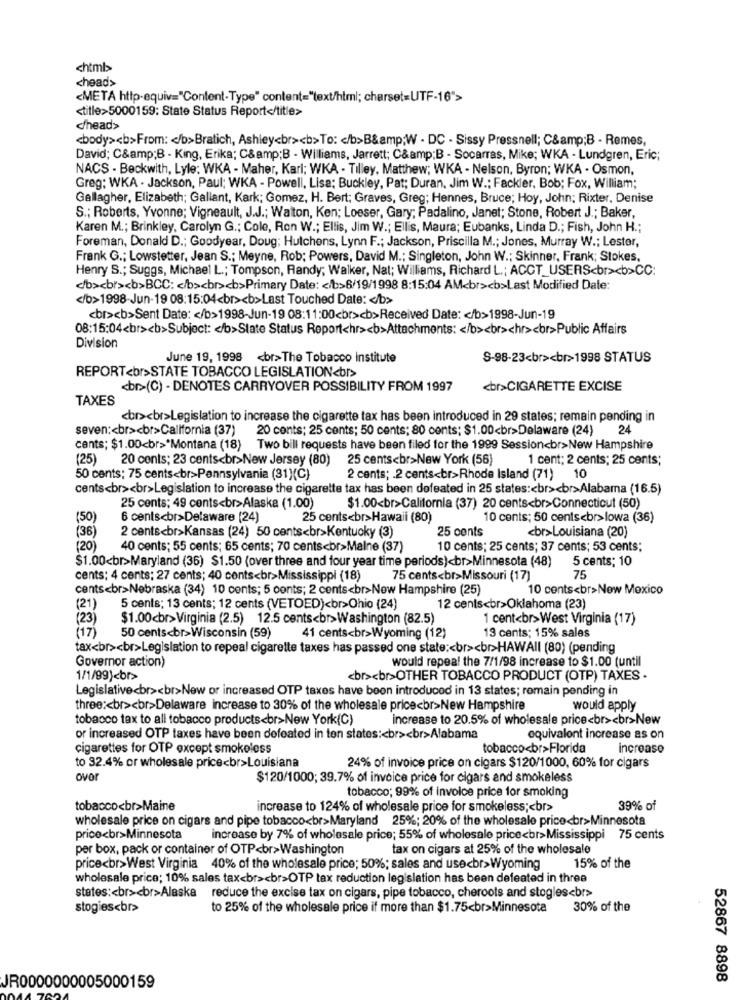
<html>
<head>
<META http-equiv="Content-Type" content="text/html; charset=UTF-16">
<title>5000159: State Status Report</title>
c/head>
<body><b>From: < /b>Bratich, Ashley<br><b>To: < /b>B&amp;W - DC - Sissy Pressnell; C&amp;B - Remes,
David; C&amp;B - King, Erika; C&amp;B - Williams, Jarrett; C&amp;B - Socarras, Mike; WKA - Lundgren, Eric;
NACS - Beckwith, Lyle: WKA - Maher, Karl; WKA - Tilley, Matthew; WKA - Nelson, Byron; WKA - Osmon,
Greg: WKA · Jackson, Paul; WKA - Powell, Lisa; Buckley, Pat; Duran, Jim W .; Fackler, Bob; Fox, William;
Gallagher, Elizabeth; Gallant, Kark; Gomez, H. Bert; Graves, Greg; Hennes, Bruce; Hoy, John; Rixter, Denise
S .; Roberts, Yvonne; Vigneault, J.J .; Walton, Ken; Loeser, Gary; Padalino, Janet; Stone, Robert J .; Baker,
Karen M .; Brinkley, Carolyn G .; Cole, Ron W .; Ellis, Jim W .; Ellis, Maura; Eubanks, Linda D .; Fish, John H .;
Foreman, Donald D .; Goodyear, Doug; Hutchens, Lynn F .; Jackson, Priscilla M .; Jones, Murray W .; Lester,
Frank G .; Lowstetter, Jean S .; Meyne, Rob; Powers, David M .; Singleton, John W .; Skinner, Frank; Stokes,
Henry S .; Suggs, Michael L .; Tompson, Randy; Walker, Nat; Williams, Richard L .; ACCT_USERS<br><b>CC:
<b><br><b>BCC: < /b><br><b>Primary Date: < /b>6/19/1998 8:15:04 AM<br><b>Last Modified Date:
</b>1998-Jun-19 08:15:04<br><b>Last Touched Date: < /b>
<br><b>Sent Date: < /b>1998-Jun-19 08:11:00<br><b>Received Date: < /b>1998-Jun-19
08:15:04<br><b>Subject: < /b>Slate Status Report<hr><b>Attachments: < /b><br>chr><br>Public Affairs
Division
June 19, 1998 <br>The Tobacco institute
S-98-23<br><br>1998 STATUS
REPORT<br>STATE TOBACCO LEGISLATION<br>
<br>(C) - DENOTES CARRYOVER POSSIBILITY FROM 1997
<br>CIGARETTE EXCISE
TAXES
<br><br>Legislation to increase the cigarette tax has been introduced in 29 states; remain pending in
seven :< br><br>California (37)
20 cents; 25 cents; 50 cents; 80 cents; $1.00<br>Delaware (24)
24
cants; $1.00<br>*Montana (18) Two bill requests have been filed for the 1999 Session<br>New Hampshire
(25
20 cents; 23 cents<br>New Jersey (80)
25 cents<br>New York (56)
1 cent; 2 cents; 25 cents;
50 cents; 75 cents<br>Pennsylvania (31)(C)
2 cents; . 2 cents<br>Rhode Island (71)
10
cents<br><br>Legislation to increase the cigarette tax has been defeated in 25 states :< br><br>Alabama (16.5)
25 cents; 49 cents<br>Alaska (1.00)
$1.00<br>California (37) 20 cents<br>Connecticut (50)
(50)
6 cents<br>Delaware (24)
25 cents<br>Hawaii (80)
10 cents; 50 cents<br>lowa (36)
(36)
2 cents<br>Kansas (24) 50 cents<br>Kentucky (3)
25 cents
<br>Louisiana (20)
(20)
40 cents; 55 cents; 65 cents; 70 cents<br>Malne (37)
10 cents; 25 cents; 37 cents; 53 cents;
$1.00<br>Maryland (36) $1.50 (over three and four year time periods)<br>Minnesota (48)
5 cents; 10
cents; 4 cents; 27 cents; 40 cents<br>Mississippi (18)
75 cents<br>Missouri (17)
75
cents<br>Nebraska (34) 10 cents; 5 conts; 2 cents<br>New Hampshire (25)
10 cents<br>New Mexico
(21
5 cents; 13 cents; 12 cents (VETOED)<br>Ohio (24)
12 cents<br>Oklahoma (23)
(23)
$1.00<br>Virginia (2.5) 12.5 cents<br>Washington (82.5)
1 cent<br>West Virginia (17)
(17)
50 cents<br>Wisconsin (59)
41 cents<br>Wyoming (12)
13 cents; 15% sales
tax<br><br>Legislation to repeal cigarette taxes has passed one state :< br><br>HAWAII (80) (pending
Governor action)
would repeal the 7/1/98 increase to $1.00 (until
1/1/99)<br>
<br><br>OTHER TOBACCO PRODUCT (OTP) TAXES .
Legislative<br><br>New or increased OTP taxes have been introduced in 13 states; romain pending in
three :< br><br>Delaware increase to 30% of the wholesale price<br>New Hampshire
would apply
tobacco tax to all tobacco products<br>New York(C)
increase to 20.5% of wholesale price<br><br>New
or increased OTP taxes have been defeated in ton states :< br><br>Alabama
equivalent increase as on
cigarettes for OTP except smokeless
tobacco<br>Florida
increase
to 32.4% or wholesale price<br>Louisiana
24% of invoice price on cigars $120/1000, 60% for cigars
over
$120/1000; 39.7% of invoice price for cigars and smokeless
tobacco; 99% of invoice price for smoking
tobacco<br>Maine
increase to 124% of wholesale price for smokeless ;< br>
39% of
wholesale price on cigars and pipe tobacco<br>Maryland 25%; 20% of the wholesale price<br>Minnesota
price<br>Minnesota
increase by 7% of wholesale price; 55% of wholesale price<br>Mississippi 75 cents
per box, pack or container of OTP<br>Washington
tax on cigars at 25% of the wholesale
price<br>West Virginia 40% of the wholesale price; 50%; sales and use<br>Wyoming
15% of the
wholesale price; 10% sales tax<br><br>OTP tax reduction legislation has been defeated in three
states :< br><br>Alaska reduce the excise tax on cigars, pipe tobacco, cheroots and stogles<br>
stogies<br>
to 25% of the wholesale price if more than $1.75<br>Minnesota
30% of the
52867 8898
JR0000000005000159